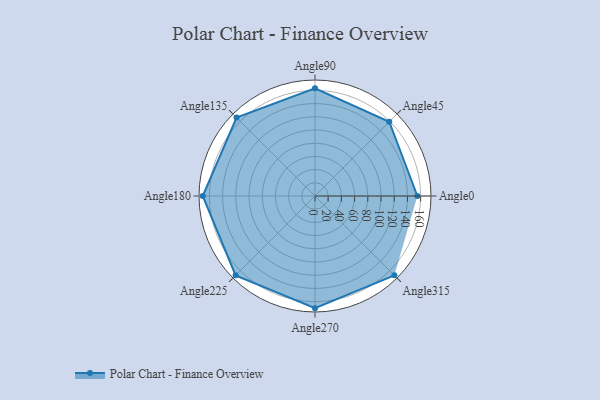
{"axis": {"x": "Angle", "y": "Radius"}, "legend": [""], "data": [{"x": "Angle0", "y": 155.0, "type": ""}, {"x": "Angle45", "y": 159.0, "type": ""}, {"x": "Angle90", "y": 163.0, "type": ""}, {"x": "Angle135", "y": 168.0, "type": ""}, {"x": "Angle180", "y": 170, "type": ""}, {"x": "Angle225", "y": 170, "type": ""}, {"x": "Angle270", "y": 170, "type": ""}, {"x": "Angle315", "y": 170, "type": ""}]}